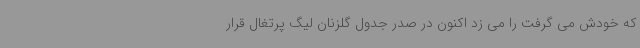
که خودش می گرفت را می زد اکنون در صدر جدول گلزنان لیگ پرتغال قرار